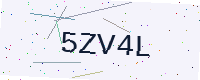
Text: 5ZV4L